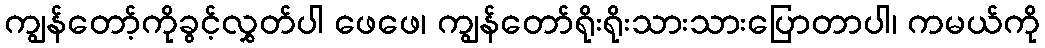
ကျွန်တော့်ကိုခွင့်လွှတ်ပါ ဖေဖေ၊ ကျွန်တော်ရိုးရိုးသားသားပြောတာပါ၊ ကမယ်ကို